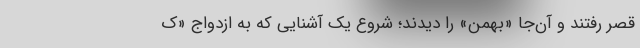
قصر رفتند و آن‌جا «بهمن» را دیدند؛ شروع یک آشنایی که به ازدواج «ک